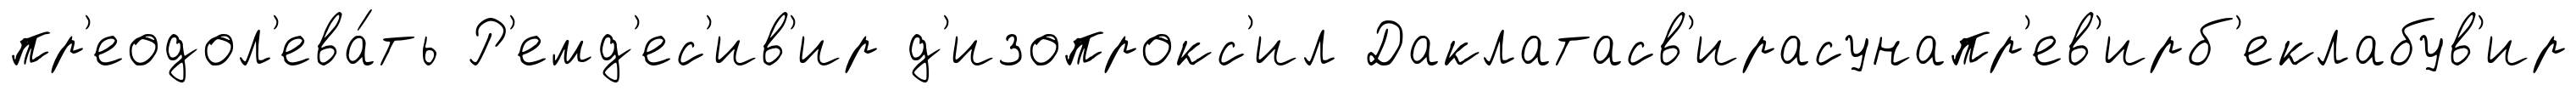
пр'еодол'ева́ть Р'емд'ес'ив'ир д'изопрокс'ил Даклатасв'ирасунапр'ев'ирб'еклабув'ир